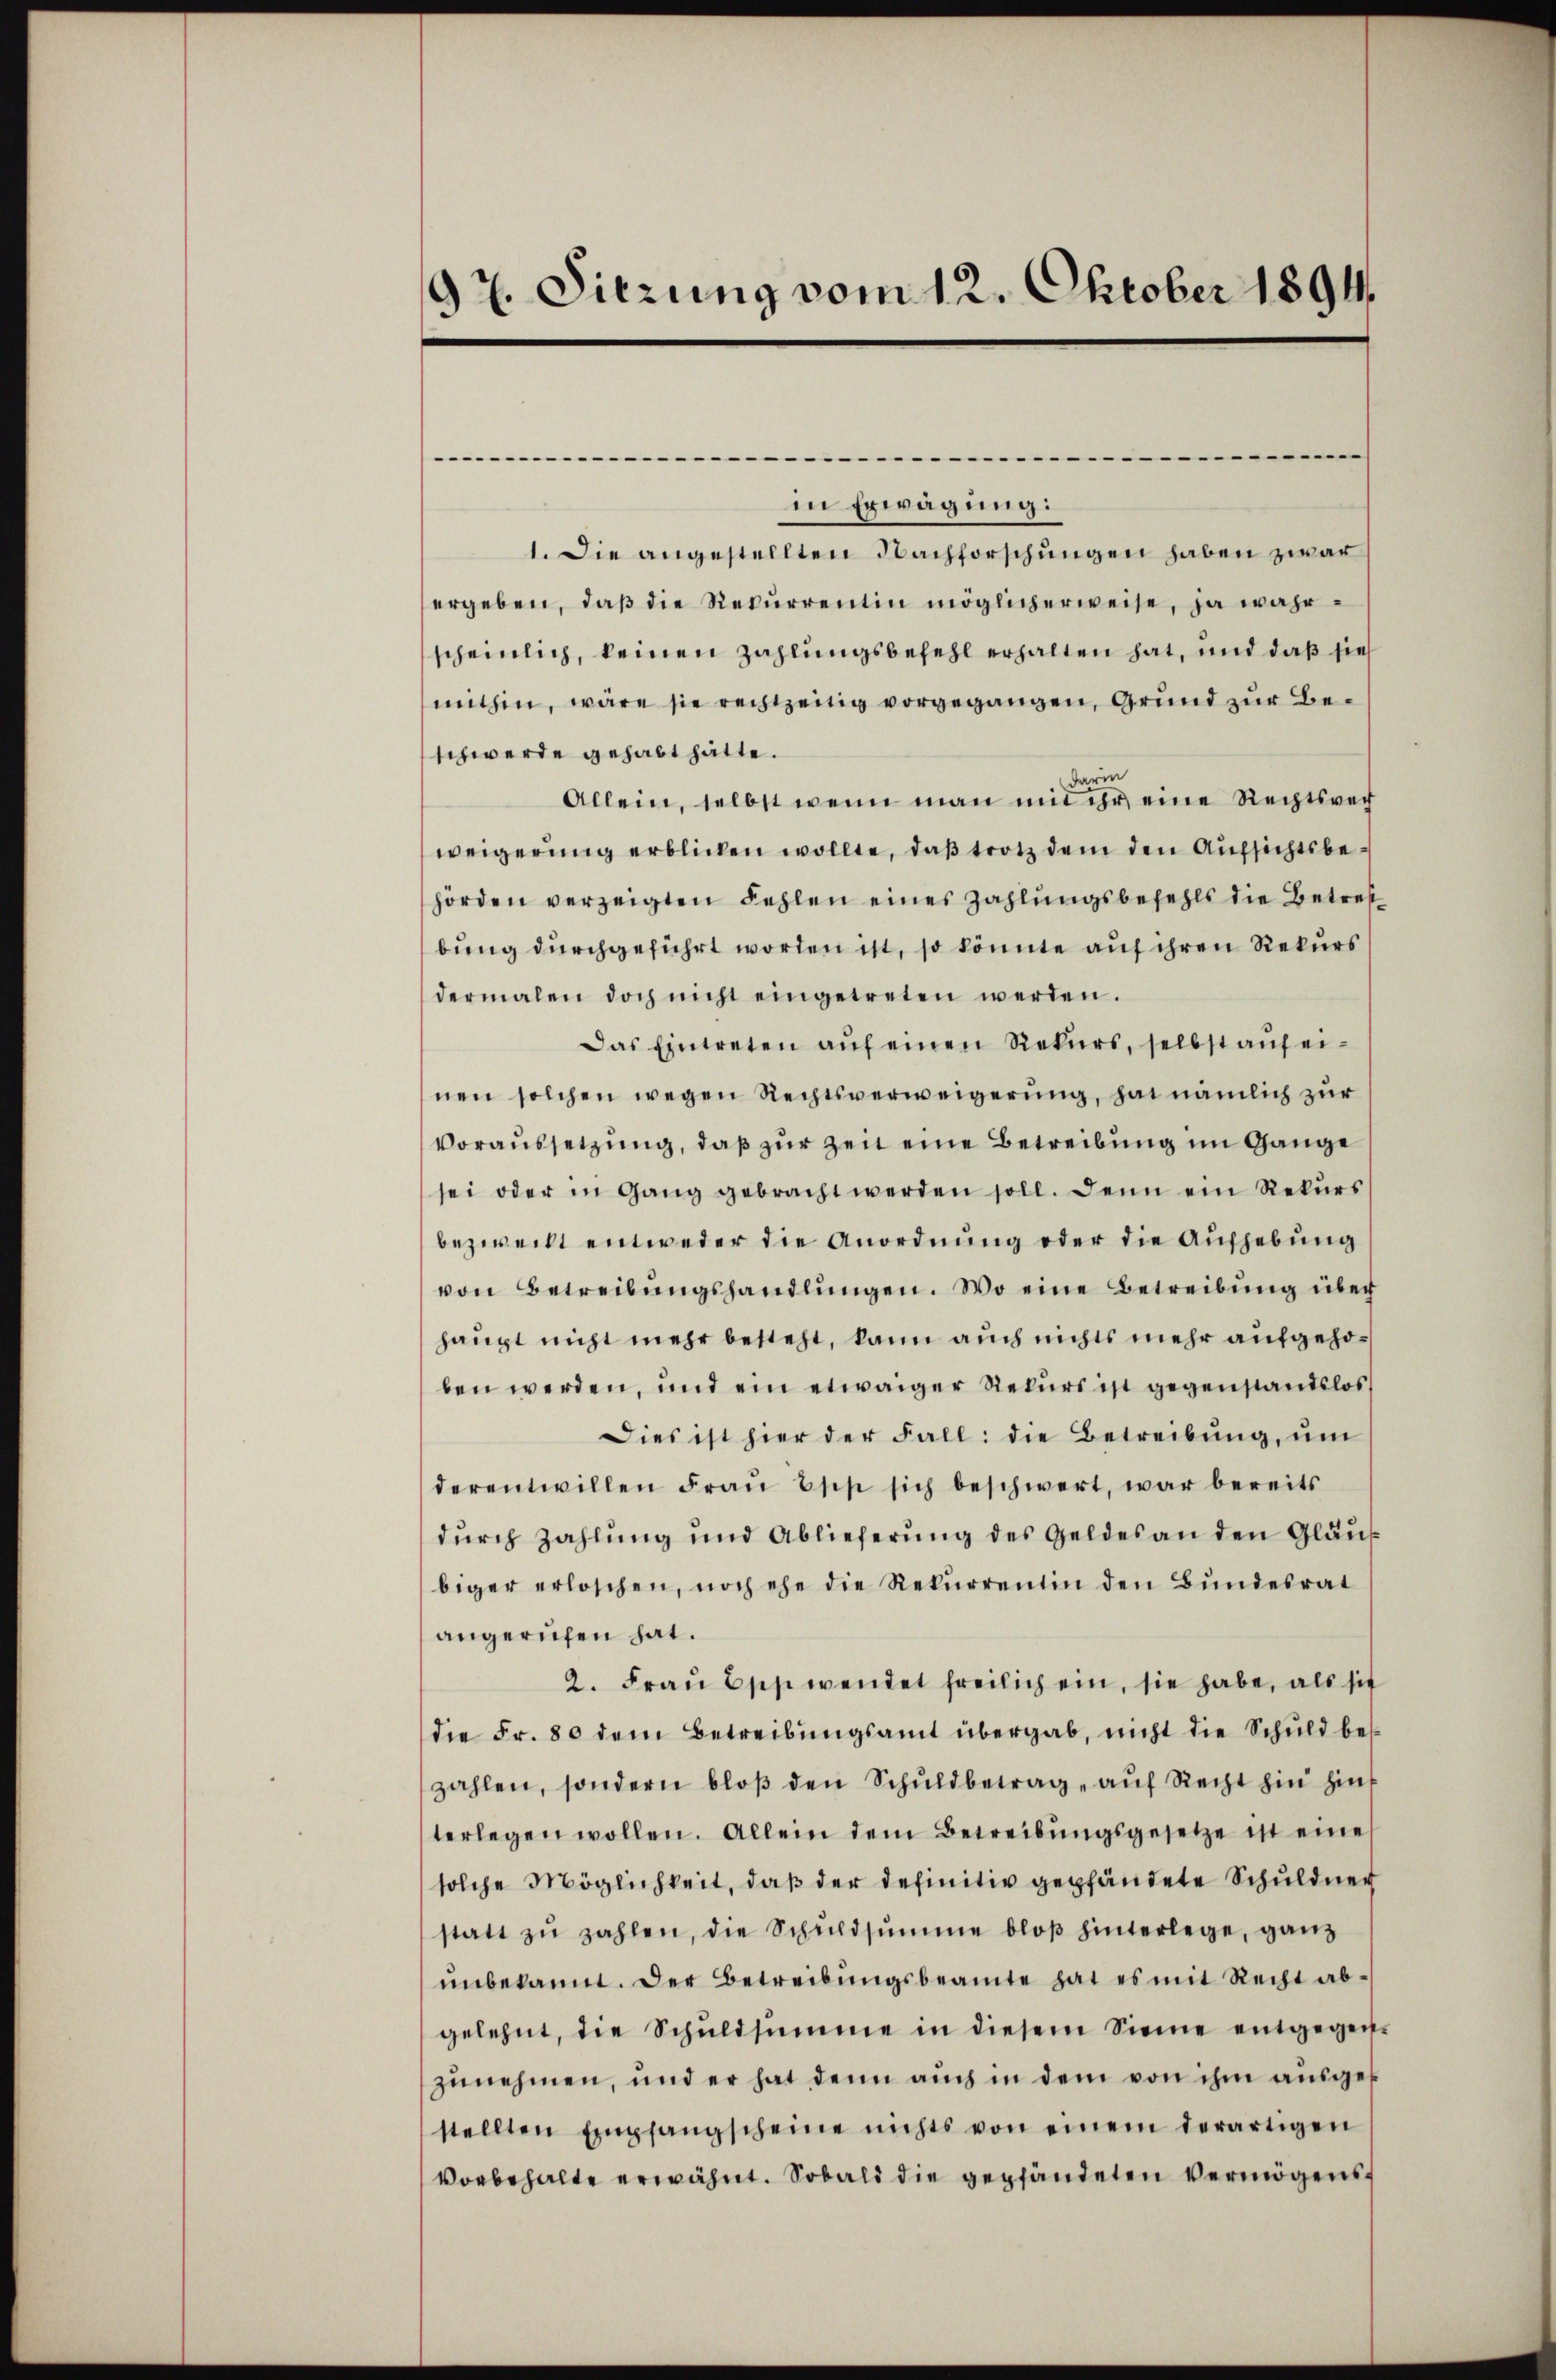
97. Sitzung vom 12. Oktober 1891

-
in Erwägung:
1. Die angestellten Nachforschungen haben zwar
ergeben, daβ die Rekurrentin möglicherweise, ja wahrscheinlich, keinen Zahlungsbefehl erhalten hat, und daß sie
mithin, wäre sie rechtzeitig vorgegangen, Grund zur Beschwerde gehabt hätte.
darin
Allein, selbst wenn man mit ihr eine Rechtsverh
weigerung erblicken wollte, daß trotz dem den Aufsichtsbehörden verzeigten Fehlen eines Zahlungsbefehls die Betrefbung durchgeführt worden ist, so könnte auf ihren Rekurs
dermalen doch nicht eingetreten werden.
Das Eintreten aŭf einen Rekurs, selbst auf einen solchen wegen Rechtsverweigerung, hat nämlich zur
Voraussetzung, daß zur Zeit eine Betreibung im Gange
sei oder in Gang gebracht werden soll. Denn ein Rekurs
bezweckt entweder die Anordnung oder die Aufhebung
von Betreibŭngshandlŭngen. Wo eine Betreibŭng über
haupt nicht mehr besteht, kann auch nichts mehr aufgehoben werden, und ein etwaiger Rekurs ist gegenstandslos
Dies ist hier der Fall: die Betreibung, um
derentwillen Fraŭ Esp sich beschwert, war bereits
durch Zahlung und Ablieferung des Geldes an den Gläu
biger erloschen, noch ehe die Rekŭrrentin den Bŭndesrat
angerufen hat.
2. Fraŭ Bschwendet freilich ein, sie habe, als sich
die Fr. 80 dem Betreibungsamt übergab, nicht die Schuld bes
zahlen, sondern bloβ den Schŭldbetrag, auf Recht hin hins
terlegen wollen. Allein dem Betreibungsgesetze ist eine
solche Möglichkeit, daß der definitiv gepfändete Schuldner
statt zŭ zahlen, die Schuldsumme bloβ hinterlege, ganz
unbekannt. Der Betreibungsbeamte hat es mit Recht abgelehnt, die Schŭldsumme in diesem Sinne entgegen-
zunehmen, und er hat denn auch in dem von ihm aŭsges
stellten Empfangscheine nichts von einem derartigen
vorbehalte erwähnt. Sobald die gepfändeten Vermögens¬